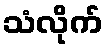
သံလိုက်